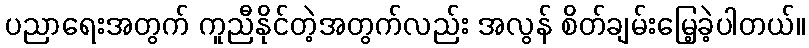
ပညာရေးအတွက် ကူညီနိုင်တဲ့အတွက်လည်း အလွန် စိတ်ချမ်းမြေ့ခဲ့ပါတယ်။